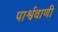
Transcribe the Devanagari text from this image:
पार्श्ववाणी